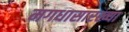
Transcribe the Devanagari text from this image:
मगधासारख्या